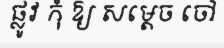
ផ្លូវ កុំ ឱ្យ សម្តេច ចៅ